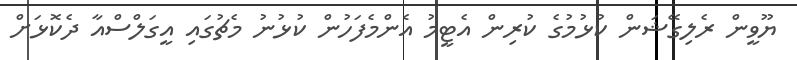
ޔޫވީން ރެލިގޭޝަން ކުޅުމުގެ ކުރިން އެޓީމު އެންމެފަހުން ކުޅުނު މެޗުގައި އީގަލްސްއާ ދެކޮޅަށް